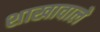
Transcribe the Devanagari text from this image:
शाखावाले